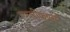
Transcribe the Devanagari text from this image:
एम्प्लीफायर्स